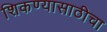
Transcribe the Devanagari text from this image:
शिकण्यासाठीचा